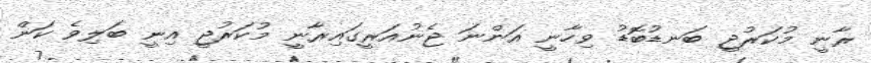
ރާނީ މުކަރުޖީ ބަނޑުބޮޑު ވިހާނީ އަންނަ ޖެނުއަރީގައިރާނީ މުކަރުޖީ އިނީ ބަލިވެ ކަން